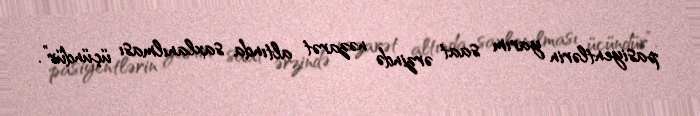
pasiyentlərin yarım saat ərzində nəzarət altında saxlanılması üçündür”.